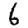
Digit: 6